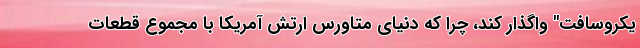
یکروسافت" واگذار کند، چرا که دنیای متاورس ارتش آمریکا با مجموع قطعات